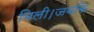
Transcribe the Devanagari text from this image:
मिली।जबकि